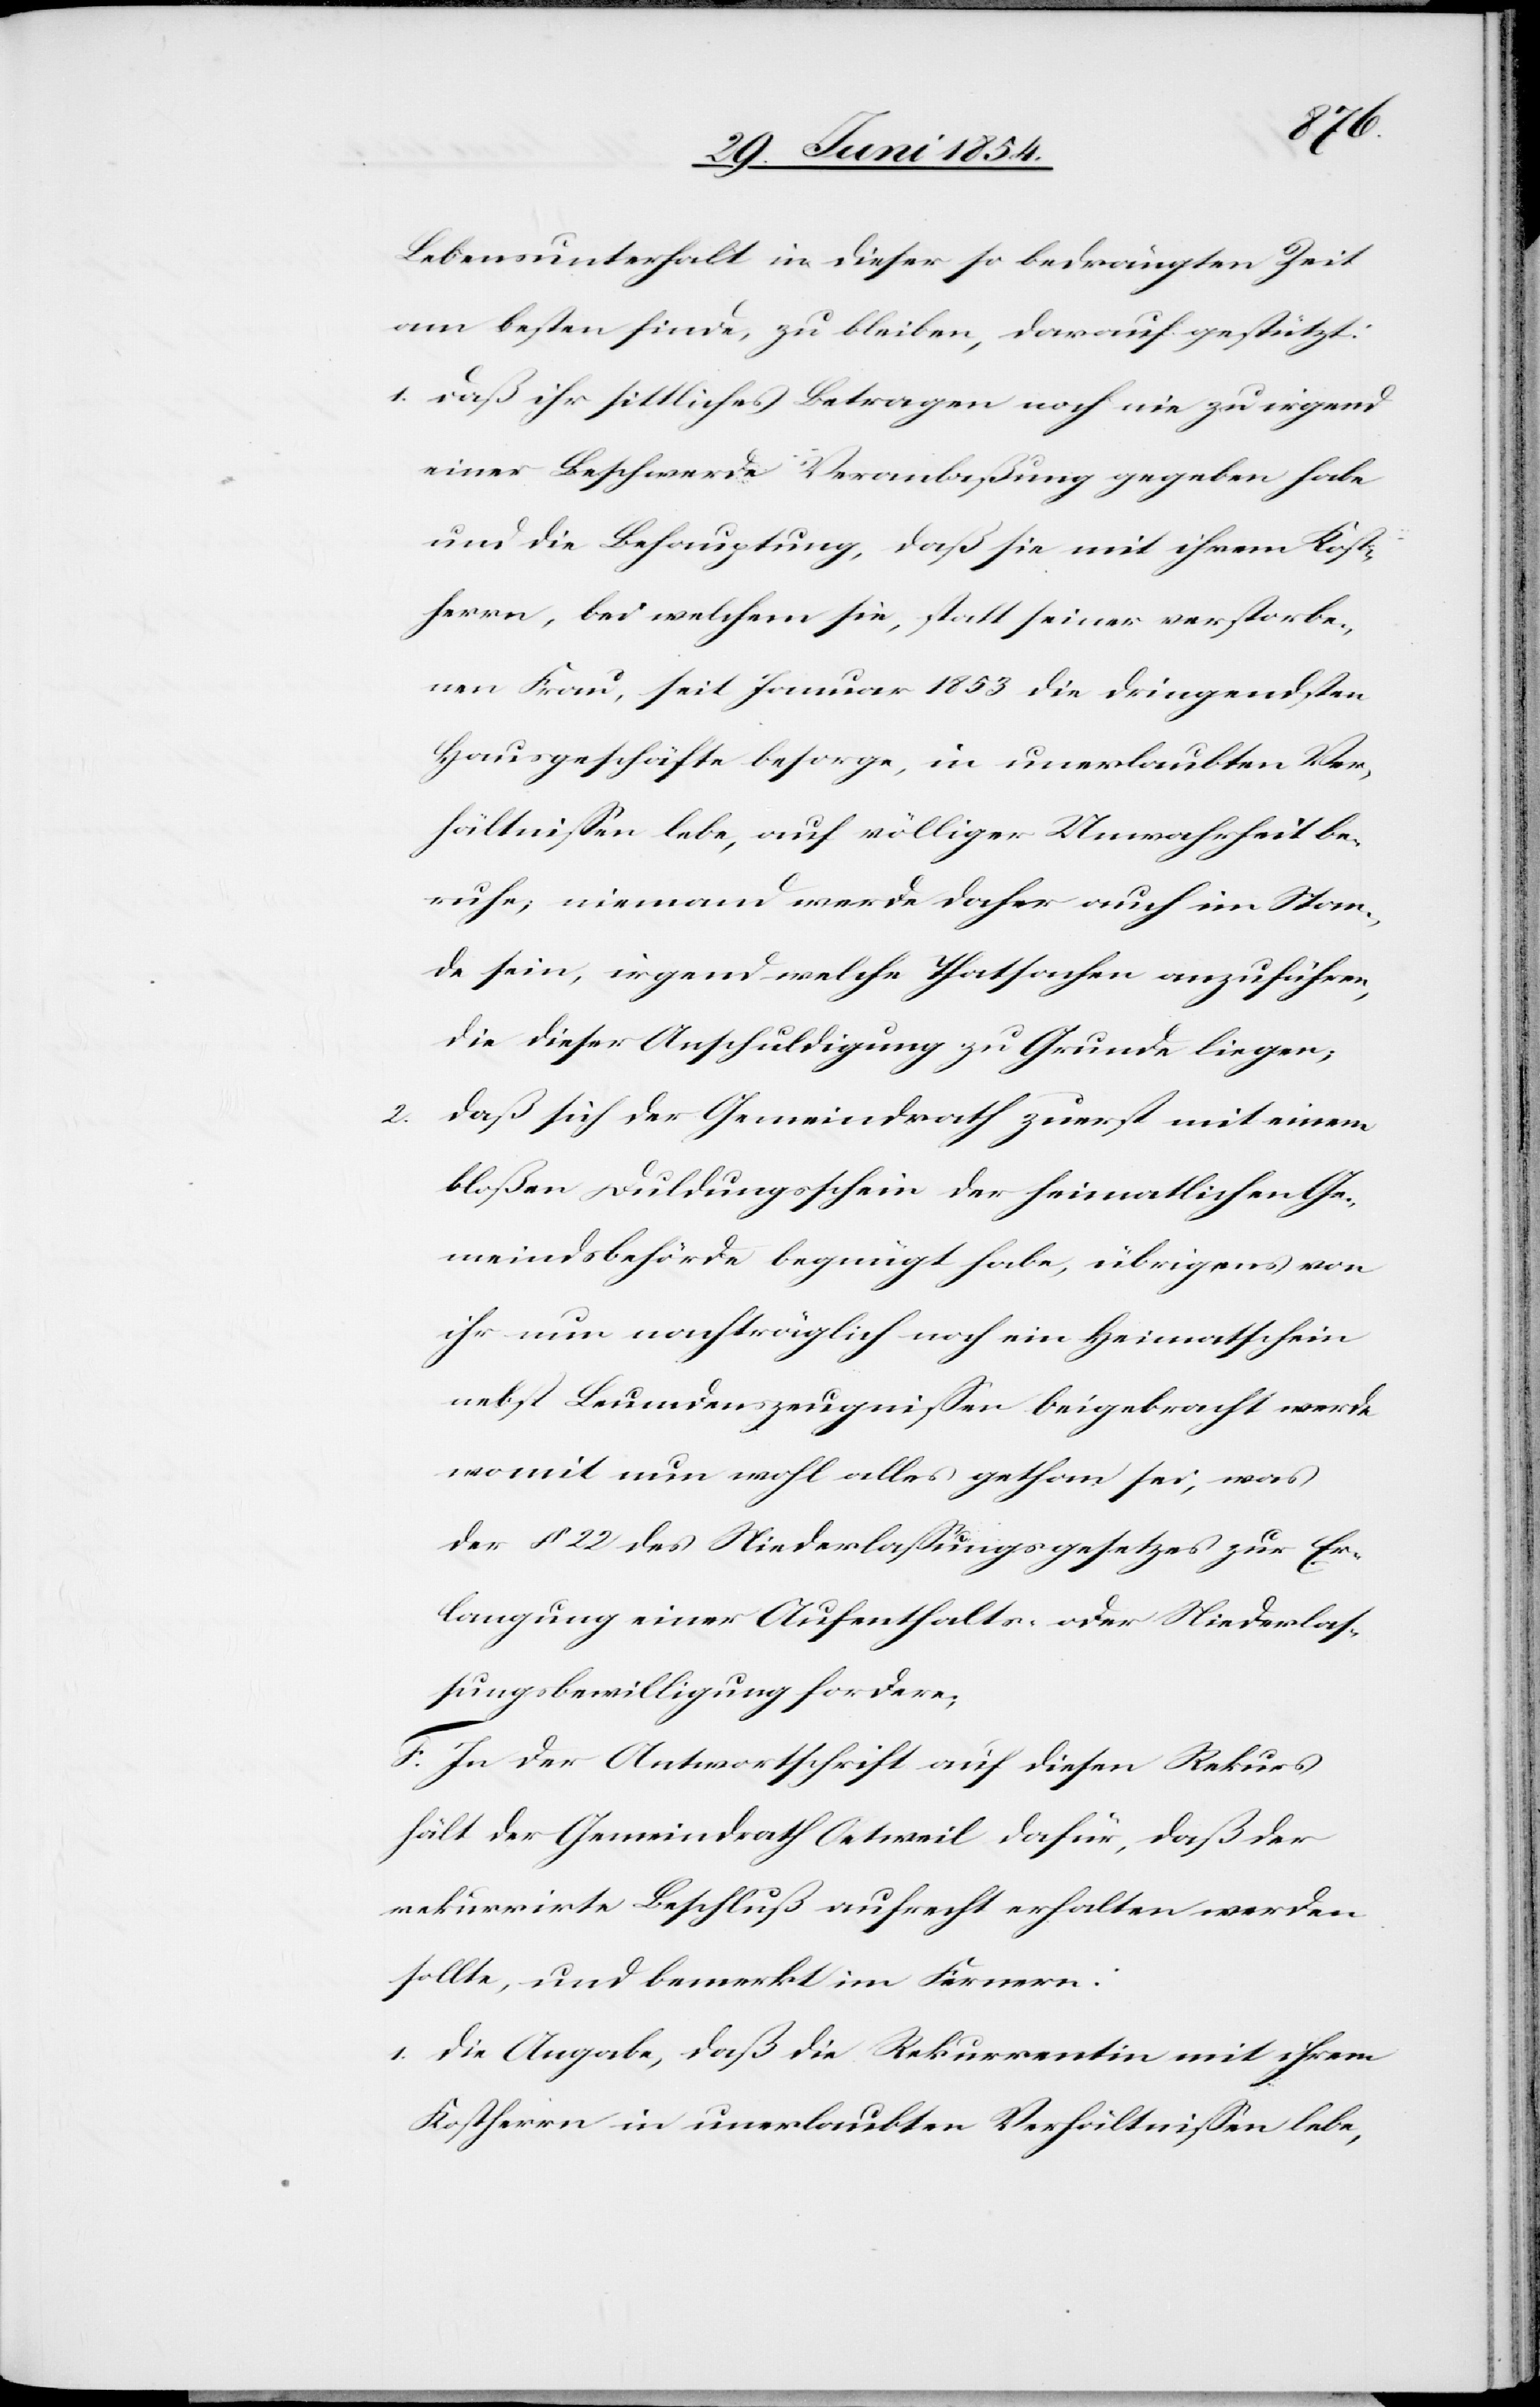
2.

Lebensunterhalt in dieser so bedrängten Zeit
am besten finde, zu bleiben, darauf gestützt:
1. daß ihr sittliches Betragen noch nie zu irgend
einer Beschwerde Veranlaßung gegeben habe
und die Behauptung, daß sie mit ihrem Kost¬
herrn, bei welchem sie, statt seiner verstorbe¬
nen Frau, seit Januar 1853 die dringendsten
Hausgeschäfte besorge, in unerlaubten Ver¬
hältnißen lebe, auf völliger Unwahrheit be¬
ruhe, niemand werde daher auch im Stan¬
de sein, irgend welche Thatsachen anzuführen,
die dieser Anschuldigung zu Grunde liegen;
daß sich der Gemeindrath zuerst mit einem
bloßen Duldungsschein der heimatlichen Ge¬
meindsbehörde begnügt habe, übrigens von
ihr nun nachträglich noch ein Heimatschein
nebst Leumdenszeugnißen beigebracht werde
womit nun wohl alles gethan sei, was
der § 22 des Niederlaßungsgesetzes zur Er¬
langung einer Aufenthalts- oder Niederlaß¬
ungsbewilligung fordere;
F. In der Antwortschrift auf diesen Rekurs
hält der Gemeindrath Oetweil dafür, daß der
rekurrirte Beschluß aufrecht erhalten werden
sollte, und bemerkt im Fernern:
1. die Angabe, daß die Rekurrentin mit ihrem
Kostherrn in unerlaubten Verhältnißen lebe,